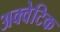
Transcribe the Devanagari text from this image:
अक्वेटिक